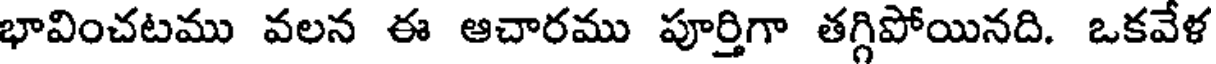
భావించటము వలన ఈ ఆచారము పూర్తిగా తగ్గిపోయినది. ఒకవేళ